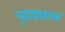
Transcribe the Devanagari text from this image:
वृहदथाल